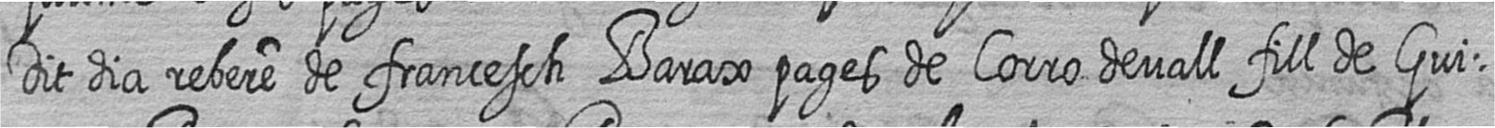
Dit dia rebere de francesch Barax pages de Corro devall fill de Gui=